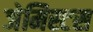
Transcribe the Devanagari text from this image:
जेमिस्टस